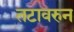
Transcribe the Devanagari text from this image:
तटावरुन